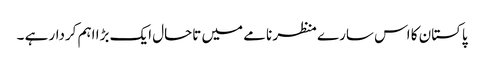
پاکستان کا اس سارے منظر نامے میں تاحال ایک بڑا اہم کردار ہے ۔